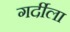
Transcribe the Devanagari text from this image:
गर्दीला